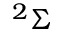
^ 2 \Sigma